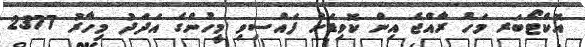
އޮކްޓޯބަރ މަހު ރާއްޖެ އިން ކޮވިޑަށް ފައްސިވި މީހުންގެ އަދަދު މިހާރު 2377